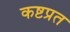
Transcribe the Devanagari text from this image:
कष्टप्रत